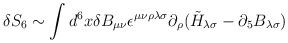
LaTeX: \begin{align*}\delta S_6 \sim \int d^6 x \delta B_{\mu\nu} \epsilon^{\mu\nu\rho\lambda\sigma}\partial_\rho (\tilde{H}_{\lambda\sigma} - \partial_5 B_{\lambda\sigma})\end{align*}